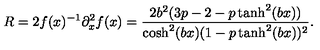
R = 2 f ( x ) ^ { - 1 } \partial _ { x } ^ { 2 } f ( x ) = \frac { 2 b ^ { 2 } ( 3 p - 2 - p \tanh ^ { 2 } ( b x ) ) } { \cosh ^ { 2 } ( b x ) ( 1 - p \tanh ^ { 2 } ( b x ) ) ^ { 2 } } .